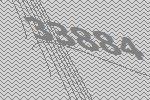
33884